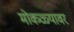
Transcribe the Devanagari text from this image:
मोकळ्यावर